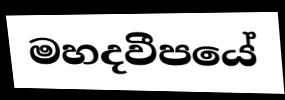
මහදවීපයේ